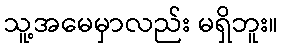
သူ့အမေမှာလည်း မရှိဘူး။